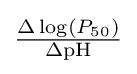
{\textstyle {\scriptstyle \Delta \log(P_{50}) \over \Delta {\text{pH}}}}